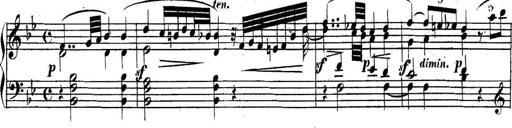
Title: Collected Piano Sonatas
Composer: Muzio Clementi